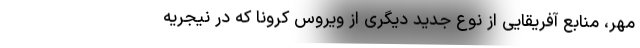
مهر، منابع آفریقایی از نوع جدید دیگری از ویروس کرونا که در نیجریه